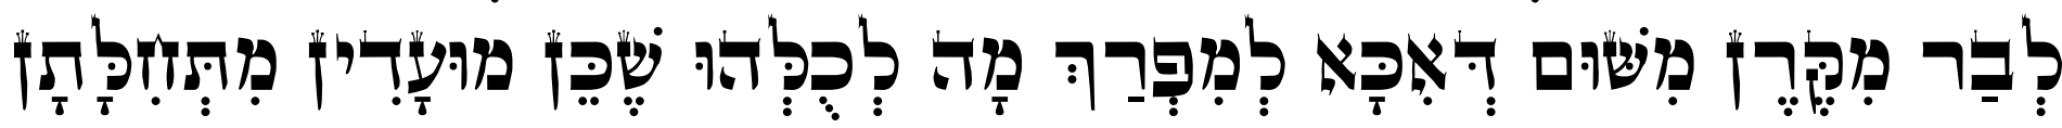
לְבַר מִקֶּרֶן מִשּׁוּם דְּאִכָּא לְמִפְרַךְ מָה לְכֻלְּהוּ שֶׁכֵּן מוּעָדִין מִתְּחִלָּתָן